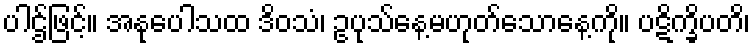
ပါဌ်ဖြင့်။ အနုပေါသထ ဒိဝသံ၊ ဥပုသ်နေ့မဟုတ်သောနေ့ကို။ ပဋိက္ခိပတိ၊